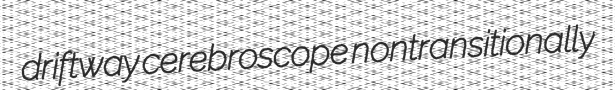
driftway cerebroscope nontransitionally